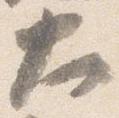
大